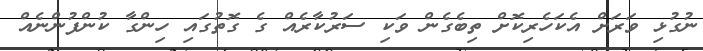
ނުގުޅި ވަރަށް އެކަހެރިކޮށް ތިބެގެން ވަކި ސަރުކާރެއް ގެ ގޮތުގައި ހިންގާ ކުންފުންނެއް